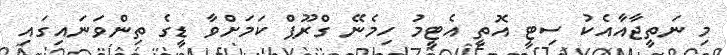
މި ނަތީޖާއާއެކު ސިޓީ އޮތީ އެޓީމު ހިމެނޭ ގްރޫޕް ކަމަށްވާ ޑީގެ ތިންވަނައިގައި